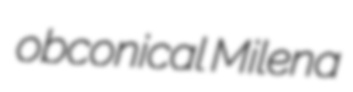
obconical Milena